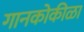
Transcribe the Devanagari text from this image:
गानकोकीळा